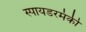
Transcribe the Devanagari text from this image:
स्पायडरमंकी